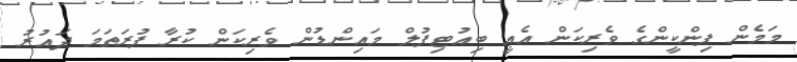
މަމެން ޕިންކީންގެ ވެރިކަން އެއީ ބިއުޓިފުލް މައިންޑުން ވެރިކަން ކުރާ ފުރަތަމަ ދައުރު